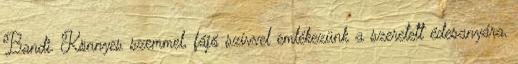
Bandi. Könnyes szemmel, fájó szívvel emlékezünk a szeretett édesanyára,